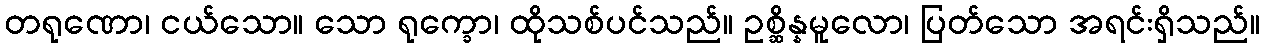
တရုဏော၊ ငယ်သော။ သော ရုက္ခော၊ ထိုသစ်ပင်သည်။ ဥစ္ဆိန္နမူလော၊ ပြတ်သော အရင်းရှိသည်။